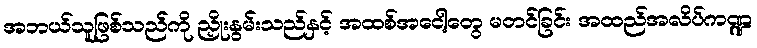
အဘယ်သူဖြစ်သည်ကို ညှိုးနွမ်းသည်နှင့် အထစ်အငေါ့တွေ မတင်ခြင်း အထည်အလိပ်ကဏ္ဍ